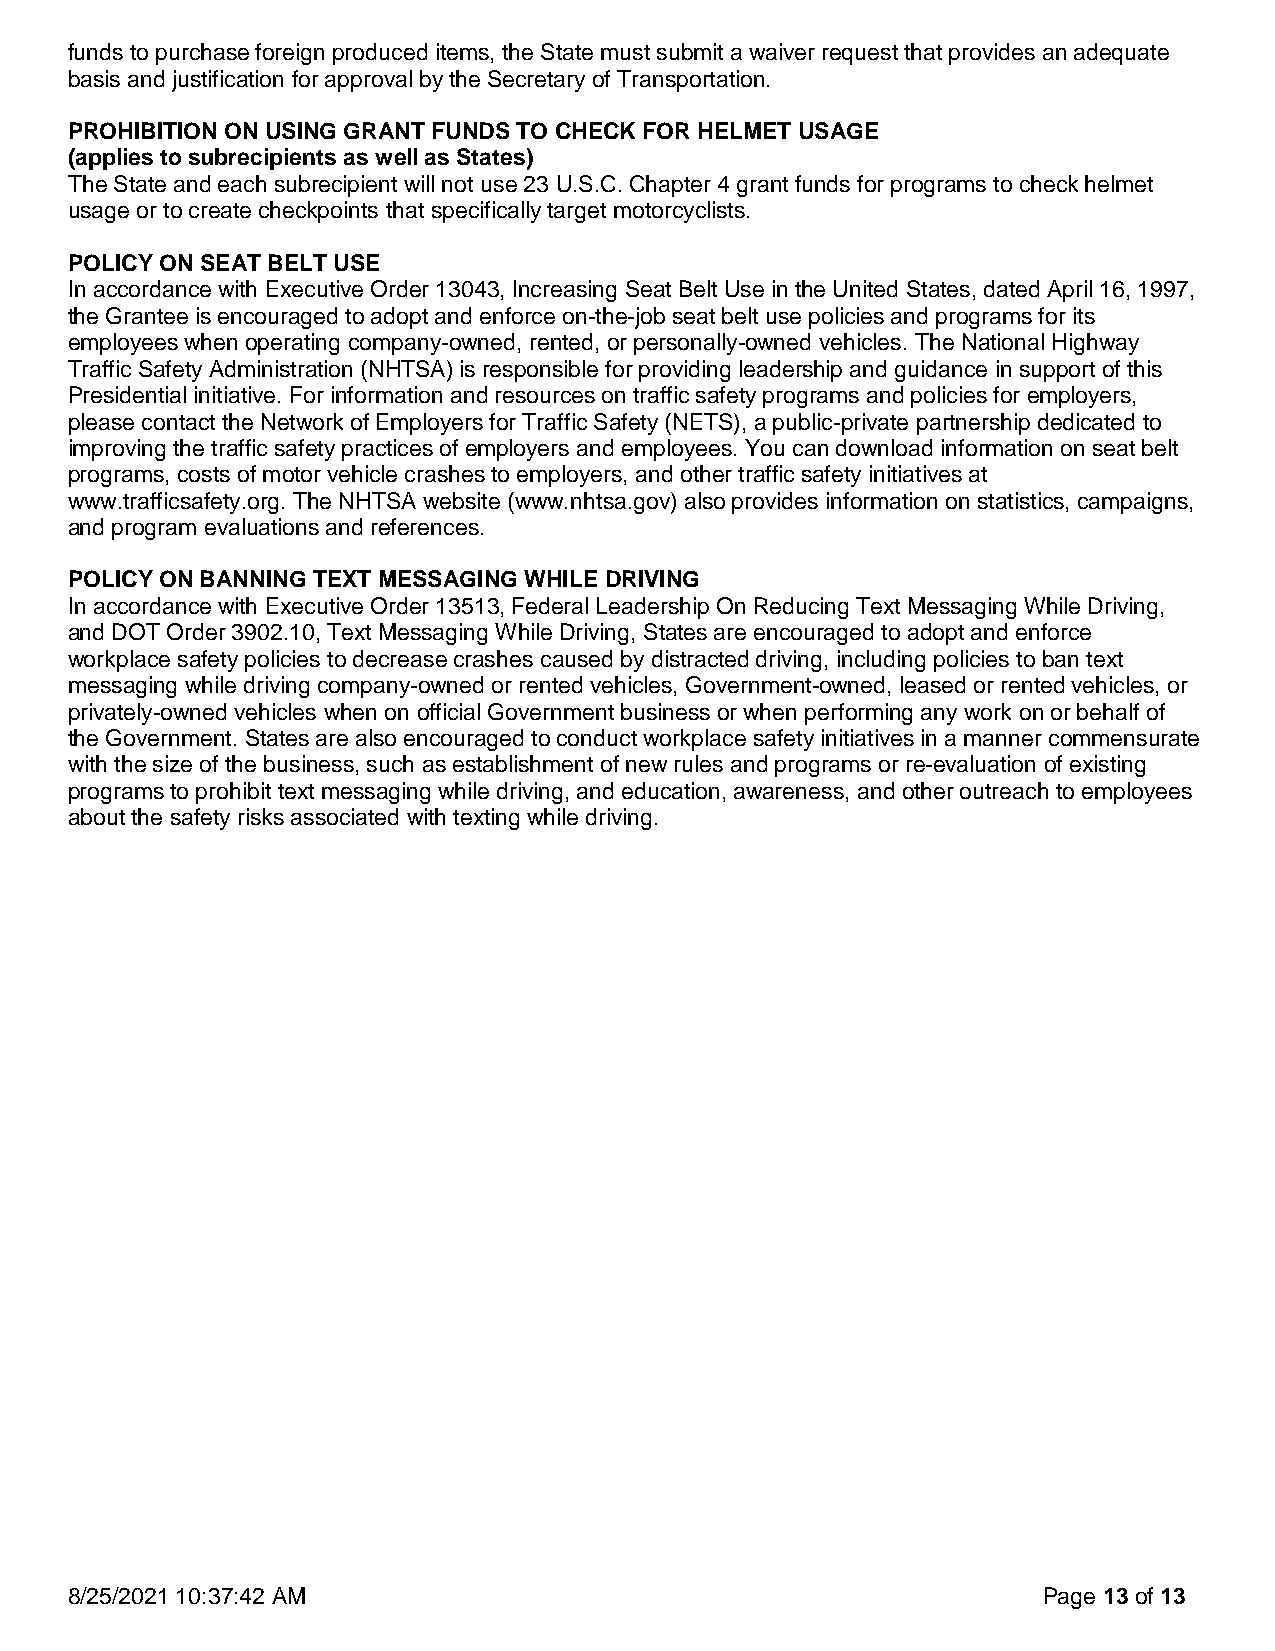
funds to purchase foreign produced items, the State must submit a waiver request that provides an adequate
 basis and justification for approval by the Secretary of Transportation.
 PROHIBITION ON USING GRANT FUNDS TO CHECK FOR HELMET USAGE
 (applies to subrecipients as well as States)
 The State and each subrecipient will not use 23 U.S.C. Chapter 4 grant funds for programs to check helmet
 usage or to create checkpoints that specifically target motorcyclists.
 POLICY ON SEAT BELT USE
 In accordance with Executive Order 13043, Increasing Seat Belt Use in the United States, dated April 16, 1997,
 the Grantee is encouraged to adopt and enforce on-the-job seat belt use policies and programs for its
 employees when operating company-owned, rented, or personally-owned vehicles. The National Highway
 Traffic Safety Administration (NHTSA) is responsible for providing leadership and guidance in support of this
 Presidential initiative. For information and resources on traffic safety programs and policies for employers,
 please contact the Network of Employers for Traffic Safety (NETS), a public-private partnership dedicated to
 improving the traffic safety practices of employers and employees. You can download information on seat belt
 programs, costs of motor vehicle crashes to employers, and other traffic safety initiatives at
 www.trafficsafety.org. The NHTSA website (www.nhtsa.gov) also provides information on statistics, campaigns,
 and program evaluations and references.
 POLICY ON BANNING TEXT MESSAGING WHILE DRIVING
 In accordance with Executive Order 13513, Federal Leadership On Reducing Text Messaging While Driving,
 and DOT Order 3902.10, Text Messaging While Driving, States are encouraged to adopt and enforce
 workplace safety policies to decrease crashes caused by distracted driving, including policies to ban text
 messaging while driving company-owned or rented vehicles, Government-owned, leased or rented vehicles, or
 privately-owned vehicles when on official Government business or when performing any work on or behalf of
 the Government. States are also encouraged to conduct workplace safety initiatives in a manner commensurate
 with the size of the business, such as establishment of new rules and programs or re-evaluation of existing
 programs to prohibit text messaging while driving, and education, awareness, and other outreach to employees
 about the safety risks associated with texting while driving.
 8/25/2021 10:37:42 AM                                            Page 13 of 13